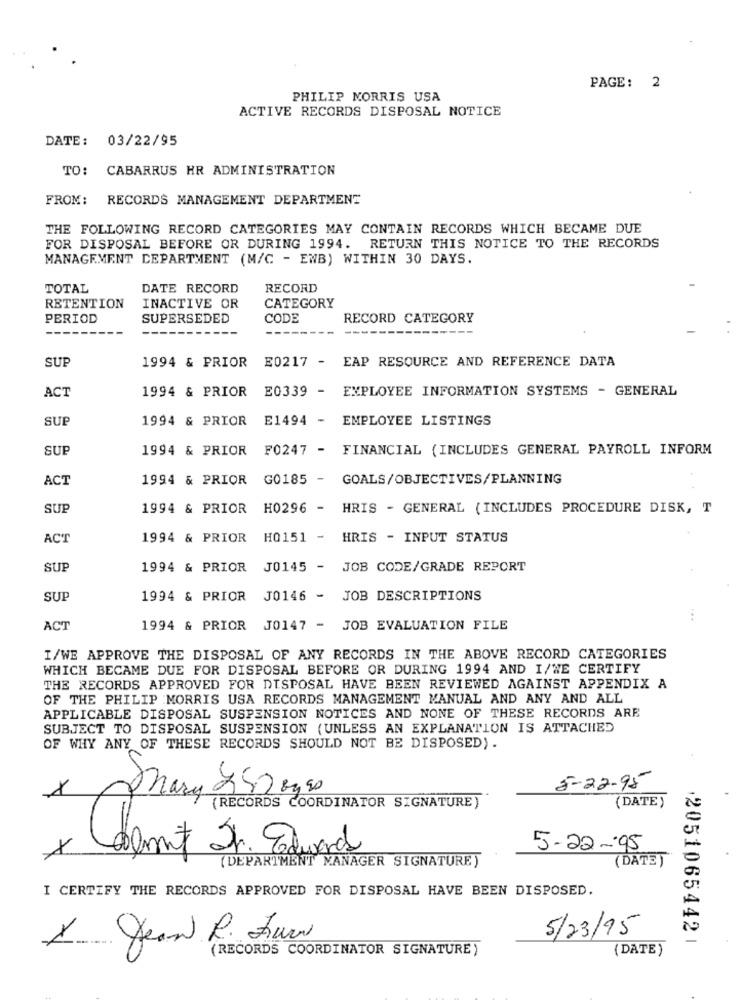
PAGE: 2
PHILIP MORRIS USA
ACTIVE RECORDS DISPOSAL NOTICE
DATE: 03/22/95
TO: CABARRUS HR ADMINISTRATION
FROM: RECORDS MANAGEMENT DEPARTMENT
THE FOLLOWING RECORD CATEGORIES MAY CONTAIN RECORDS WHICH BECAME DUE
FOR DISPOSAL BEFORE OR DURING 1994. RETURN THIS NOTICE TO THE RECORDS
MANAGEMENT DEPARTMENT (M/C - ENB) WITHIN 30 DAYS.
TOTAL
DATE RECORD
RECORD
RETENTION
INACTIVE OR
CATEGORY
PERIOD
SUPERSEDED
CODE
RECORD CATEGORY
SUP
1994 & PRIOR
E0217 -
EAP RESOURCE AND REFERENCE DATA
ACT
1994 & PRIOR
E0339 -
EMPLOYEE INFORMATION SYSTEMS - GENERAL
SUP
1994 & PRIOR
E1494 -
EMPLOYEE LISTINGS
SUP
1994 & PRIOR
F0247 - FINANCIAL ( INCLUDES GENERAL PAYROLL INFORM
ACT
1994 & PRIOR
G0185 - GOALS/OBJECTIVES/PLANNING
SUP
1994 & PRIOR H0296 - HRIS - GENERAL ( INCLUDES PROCEDURE DISK, T
ACT
1994 & PRIOR H0151 - HRIS - INPUT STATUS
SUP
1994 & PRIOR J0145 - JOB CODE/GRADE REPORT
SUI
1994 & PRIOR J0146 - JOB DESCRIPTIONS
...
ACT
1994 & PRIOR J0147 - JOB EVALUATION FILE
I/WE APPROVE THE DISPOSAL OF ANY RECORDS IN THE ABOVE RECORD CATEGORIES
WHICH BECAME DUE FOR DISPOSAL BEFORE OR DURING 1994 AND I/WE CERTIFY
THE RECORDS APPROVED FOR DISPOSAL HAVE BEEN REVIEWED AGAINST APPENDIX A
OF THE PHILIP MORRIS USA RECORDS MANAGEMENT MANUAL AND ANY AND ALL
APPLICABLE DISPOSAL SUSPENSION NOTICES AND NONE OF THESE RECORDS ARE
SUBJECT TO DISPOSAL SUSPENSION (UNLESS AN EXPLANATION IS ATTACHED
OF WHY ANY OF THESE RECORDS SHOULD NOT BE DISPOSED).
5-22-95
mary 250 mg 50
(DATE)
(RECORDS COORDINATOR SIGNATURE)
damit St. Edwards
5-22-95
(DEPARTMENT MANAGER SIGNATURE)
(DATE)
I CERTIFY THE RECORDS APPROVED FOR DISPOSAL HAVE BEEN DISPOSED.
5/23/95
X Jean R. Zur
20510654421
(RECORDS COORDINATOR SIGNATURE )
(DATE)